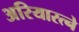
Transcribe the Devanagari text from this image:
अरियारत्ने